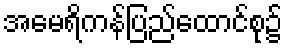
အမေရိကန်ပြည်ထောင်စု၌